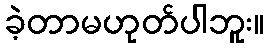
ခဲ့တာမဟုတ်ပါဘူး။